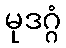
မုဒဂ္ဂံ